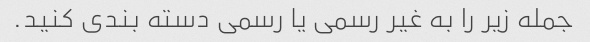
جمله زیر را به غیر رسمی یا رسمی دسته بندی کنید.